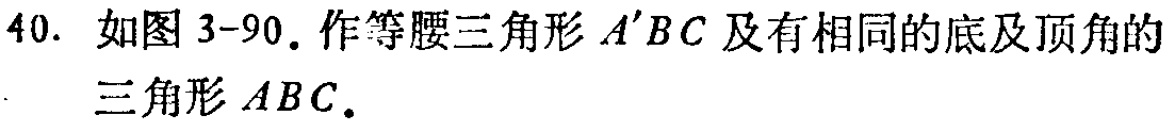
40. 如图 3-90. 作等腰三角形 \(A'BC\) 及有相同的底及顶角的三角形 \(ABC\).